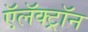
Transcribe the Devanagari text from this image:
ऍलॅक्ट्रॉन